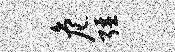
危强